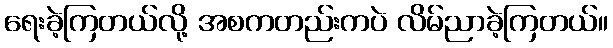
ရေးခဲ့ကြတယ်လို့ အစကတည်းကပဲ လိမ်ညာခဲ့ကြတယ်။